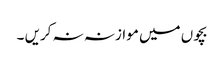
بچوں میں موازنہ نہ کریں ۔